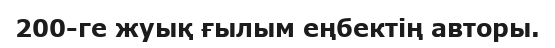
200-ге жуық ғылым еңбектің авторы.